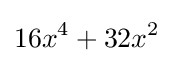
16x^{4}+32x^{2}